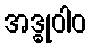
အဒ္ဓုဝါဝ